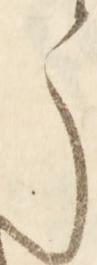
う